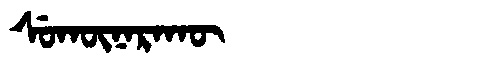
Manchu: ᠰᡠᡴᡡᠨᠠᡵᠠᡴᡡ
Romanization: SUKŪNARAKŪ